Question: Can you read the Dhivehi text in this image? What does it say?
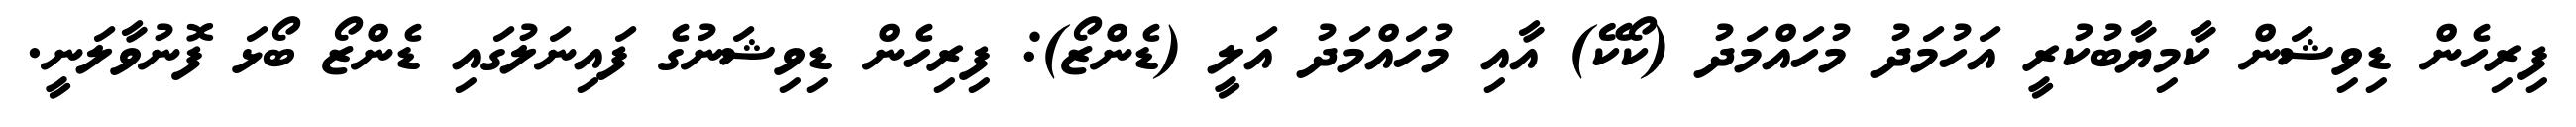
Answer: ފިރިހެން ޑިވިޝަން ކާމިޔާބުކުރީ އަހުމަދު މުހައްމަދު (ކޯކޭ) އާއި މުހައްމަދު އަލީ (ޑެންޒޯ): ފިރިހެން ޑިވިޝަނުގެ ފައިނަލުގައި ޑެންޒޯ ބޯޅަ ފޮނުވާލަނީ.